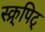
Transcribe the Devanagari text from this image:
स्क्र्पिट्